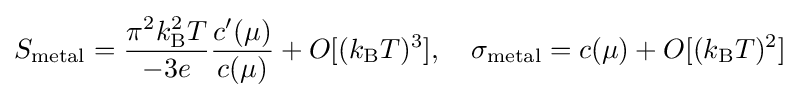
S_{\rm {metal}}={\frac {\pi ^{2}k_{\rm {B}}^{2}T}{-3e}}{\frac {c'(\mu )}{c(\mu )}}+O[(k_{\rm {B}}T)^{3}],\quad \sigma _{\rm {metal}}=c(\mu )+O[(k_{\rm {B}}T)^{2}]